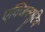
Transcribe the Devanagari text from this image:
एक्‍जिक्‍यूटिव